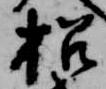
招